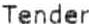
TENDER